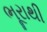
ભૂરાથી